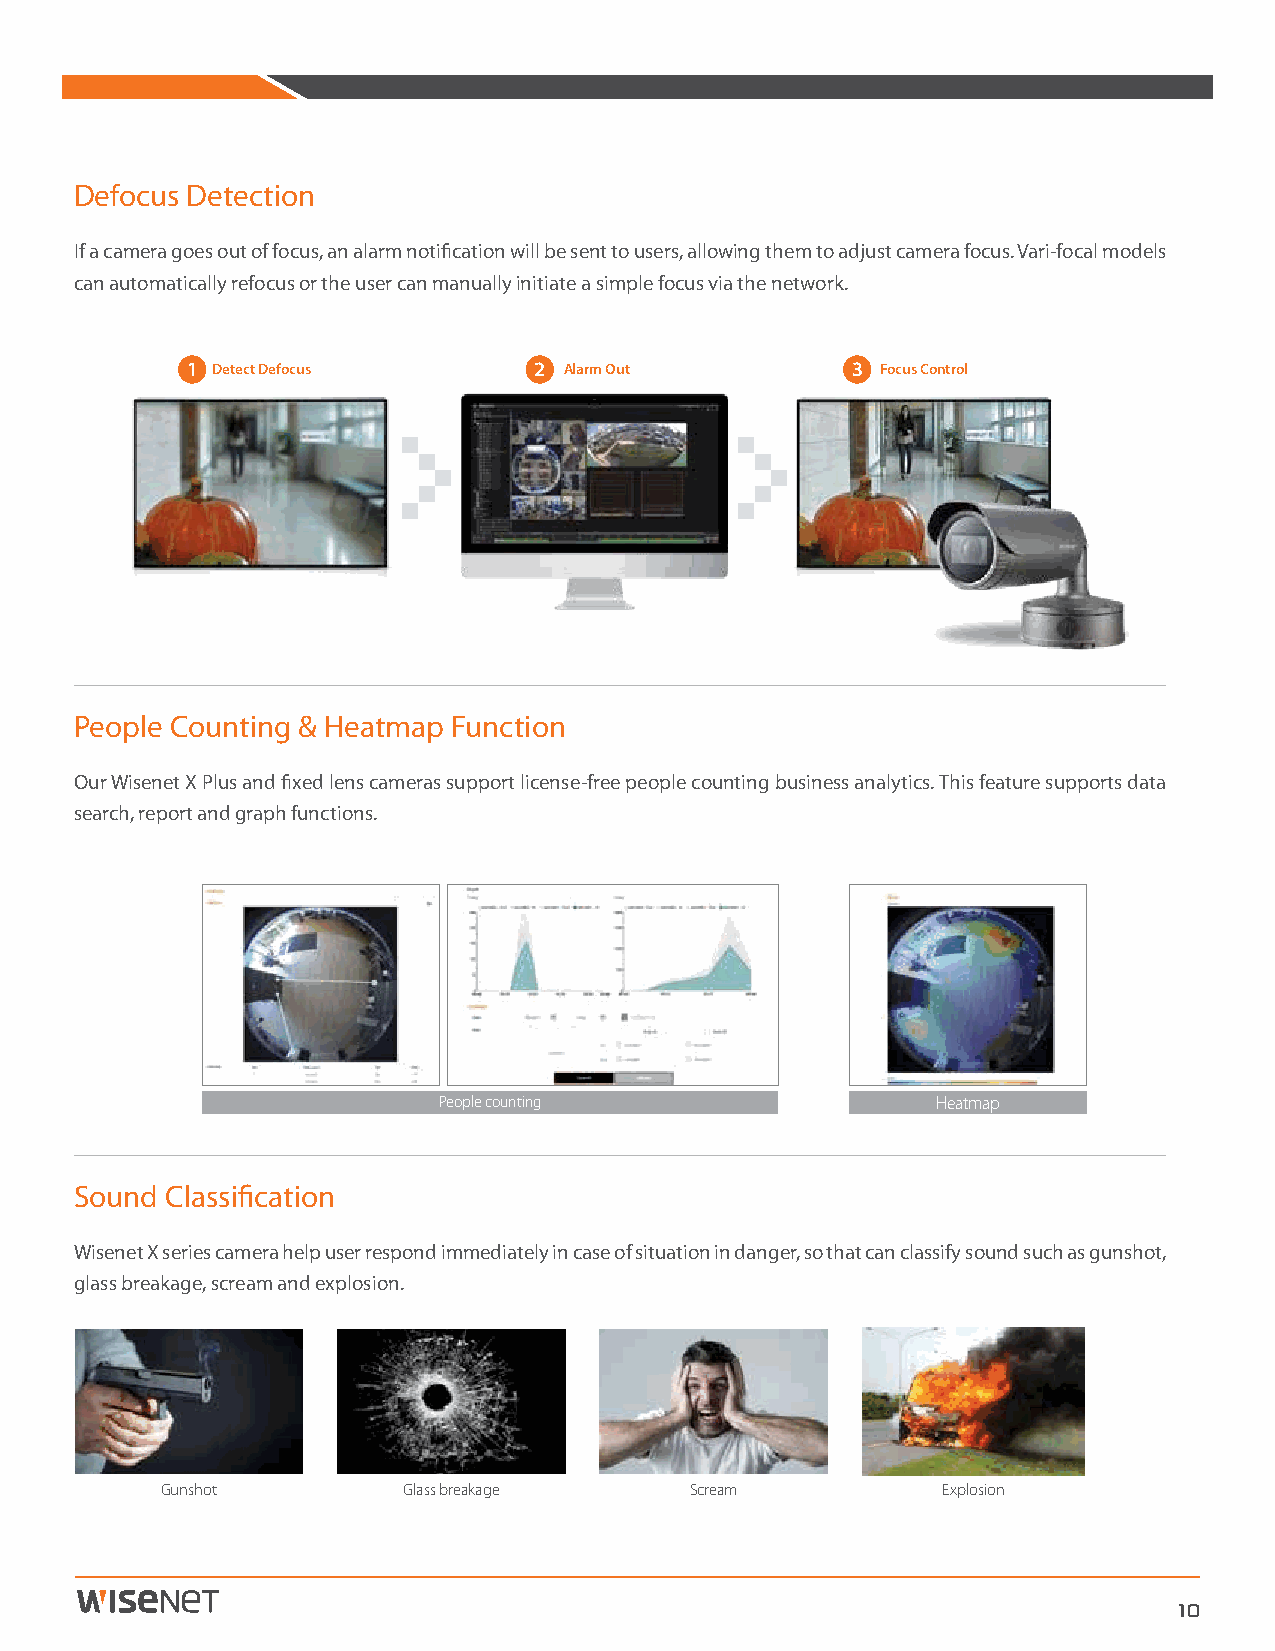
Defocus Detection
 If a camera goes out of focus, an alarm notification will be sent to users, allowing them to adjust camera focus. Vari-focal models
 can automatically refocus or the user can manually initiate a simple focus via the network.
 1 Detect Defocus       2 Alarm Out          3 Focus Control
 People Counting & Heatmap Function
 Our Wisenet X Plus and fixed lens cameras support license-free people counting business analytics. This feature supports data
 search, report and graph functions.
 People counting                  Heatmap
 Sound Classification
 Wisenet X series camera help user respond immediately in case of situation in danger, so that can classify sound such as gunshot,
 glass breakage, scream and explosion.
 Gunshot         Glass breakage     Scream          Explosion
 10